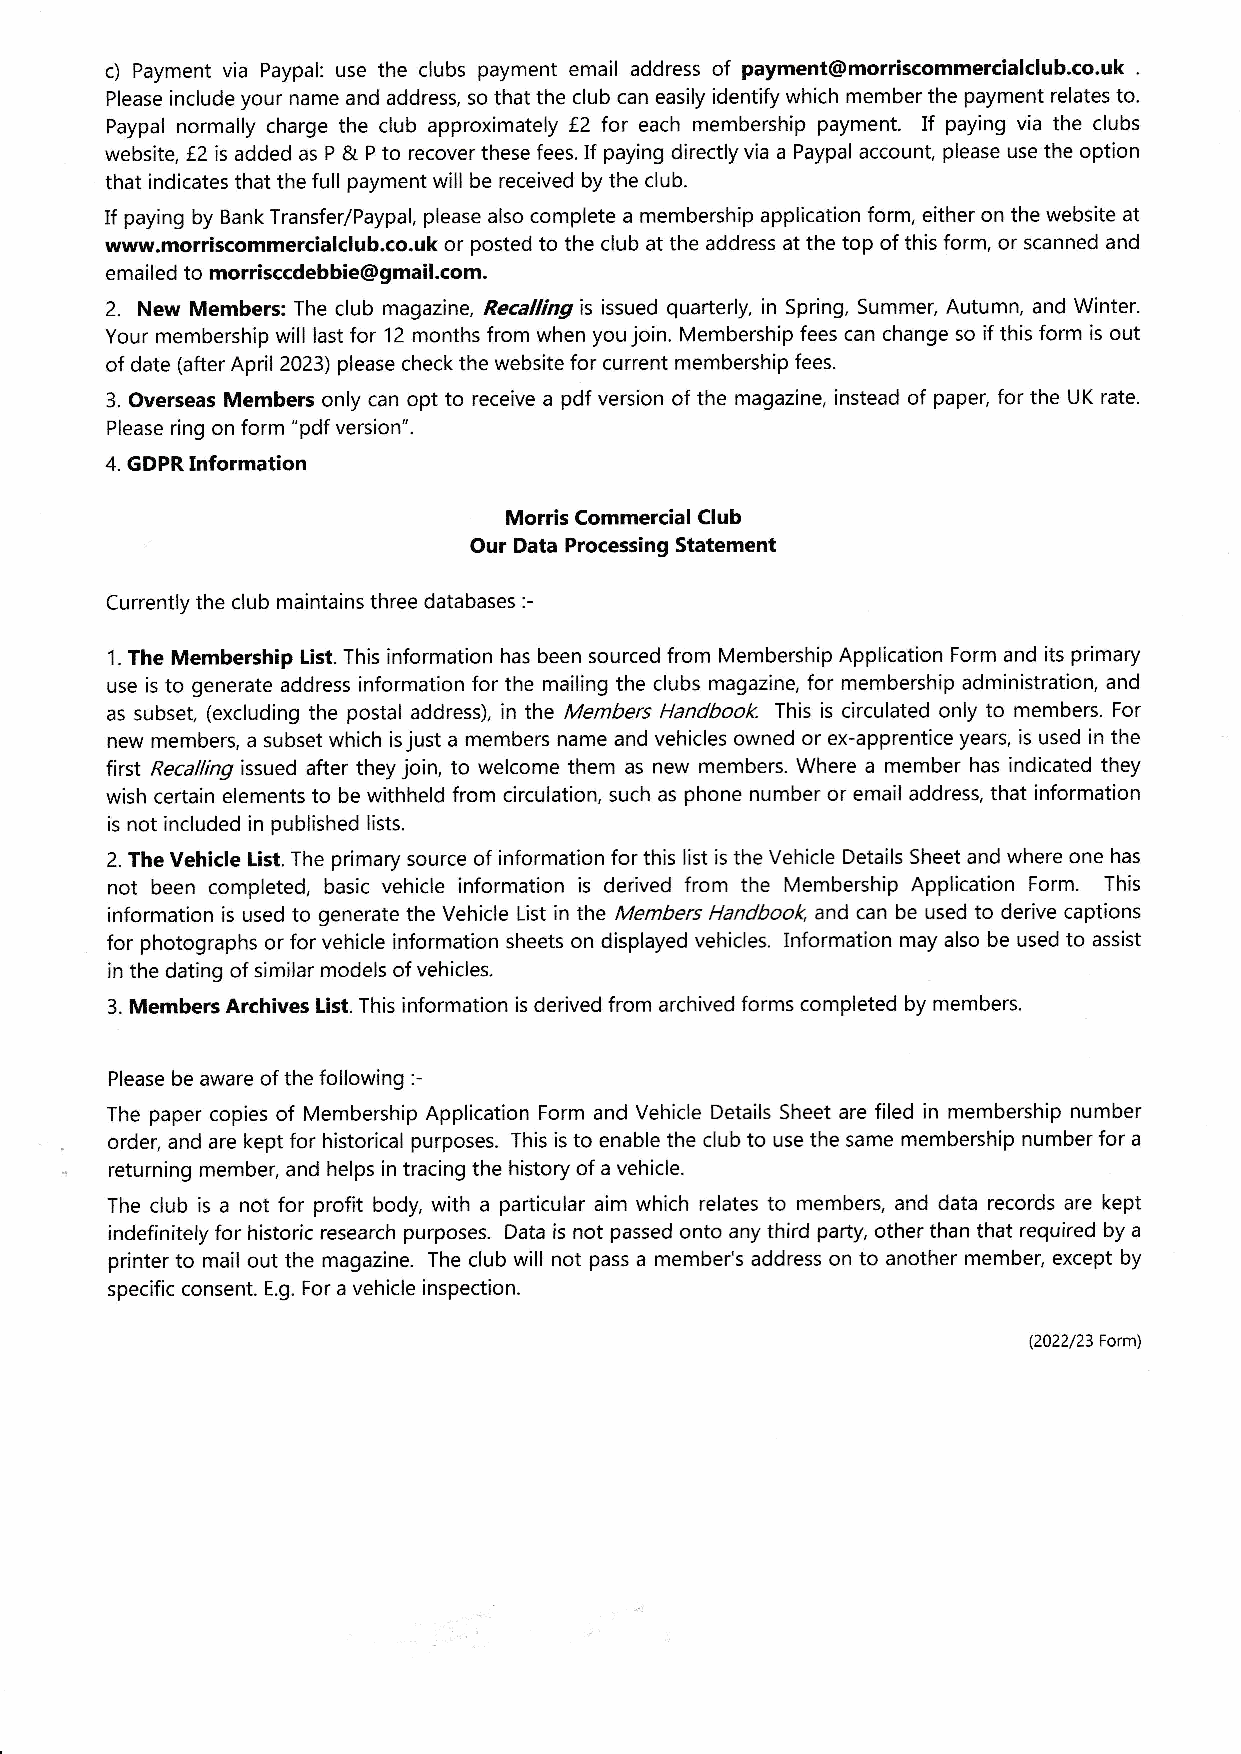
c) Payment via Paypal: use the clubs payment email address of payment@morriscommercialclub.co.uk .
 Please include your name and address, so that the club can easily identify which member the payment relates to.
 Paypal normally charge the club approximately E2 for each membership payment. If paying via the clubs
 website, f2 is added as P & P to recover these fees. If paying directly via a Paypal account, please use the option
 that indicates that the full payment will be received by the club.
 If paying by Bank Transfer/Paypal, please also complete a membership application form, either on the website at
 www.morriscommercialclub.co.uk or posted to the club at the address at the top of this form, or scanned and
 emailed to morrisccdebbie@gmail.com.
 2. New Members: The club magazine, Recalling is issued quarterly, in Spring, Summer, Autumn, and Winter.
 Your membership will last tor 12 months from when you join. Membership fees can change so if this form is out
 of date (after April 2023) please check the website for current membership fees.
 3. Overseas Members only can opt to receive a pdf version of the magazine, instead of paper, for the UK rate.
 Please ring on form "pdf version".
 4. GDPR Information
 Morris Commercial Club
 Our Data Processing Statement
 Currently the club maintains three databases :-
 1. The Membership List. This information has been sourced from Membership Application Form and its primary
 use is to generate address information for the mailing the clubs magazine, for membership administration, and
 as subset, (excluding the postal address), in lhe Members Handbaok. This is circulated only to members. For
 new members, a subset which is just a members name and vehicles owned or ex-apprentice years, is used in the
 first Recalling issued after they join, to welcome them as new members. Where a member has indicated they
 wish certain elements to be withheld from circulation, such as phone number or email addrest that information
 is not included in published lists.
 2. The Vehicle List. The primary source of information for this list is the Vehicle Details Sheet and where one has
 not been completed, basic vehicle information is derived from the Membership Application Form. This
 information is used to generate the Vehicle List in the Members Handbook and can be used to derive captions
 for photographs or for vehicle information sheets on displayed vehicles. Information may also be used to assist
 in the dating of similar models of vehicles.
 3. Members Archives List. This information is derived from archived forms completed by members.
 Please be aware of the following :-
 The paper copies of Membership Application Form and Vehicle Details Sheet are filed in membership number
 order, and are kept for historical purposes. This is to enable the club to use the same membership number for a
 returning member, and helps in tracing the history of a vehicle.
 The club is a not for profit body, with a particular aim which relates to members, and data records are kept
 indefinitely for historic research purposes. Data is not passed onto any third party, other than that required by a
 printer to mail out the magazine. The club will not pass a member's address on to another member, except by
 specific consent. E.g. For a vehicle inspection.
 (2022/23 Form)